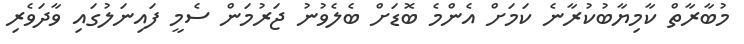
މުބާރާތް ކާމިޔާބުކުރާނެ ކަމަށް އެންމެ ބޮޑަށް ބެލެވުނު ޖަރުމަން ސެމީ ފައިނަލުގައި ވާދަވެރި